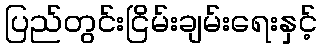
ပြည်တွင်းငြိမ်းချမ်းရေးနှင့်